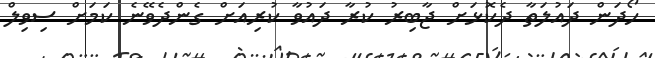
ހޯދަން ދައުލަތާ ދެކޮޅަށް ޖާބިރު ކުރާ ދައުވާ ކުރިއަށް ގެންދެވޭނެ ކަމަށް ސިވިލް